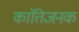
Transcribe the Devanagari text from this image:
कांतिजनक